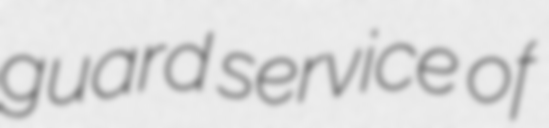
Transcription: guard service of